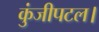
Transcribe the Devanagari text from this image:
कुंजीपटल।